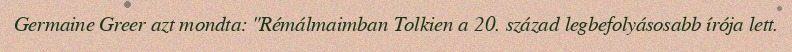
Germaine Greer azt mondta: "Rémálmaimban Tolkien a 20. század legbefolyásosabb írója lett.